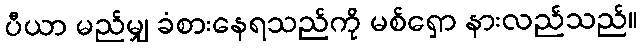
ပီယာ မည်မျှ ခံစားနေရသည်ကို မစ်ရှော နားလည်သည်။